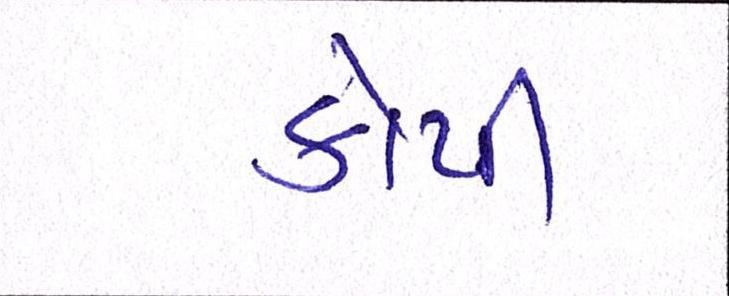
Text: કોપી